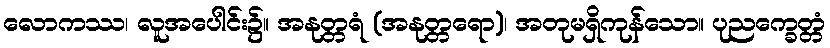
လောကဿ၊ လူအပေါင်း၌။ အနုတ္တရံ (အနုတ္တရော)၊ အတုမရှိကုန်သော။ ပုညက္ခေတ္တံ